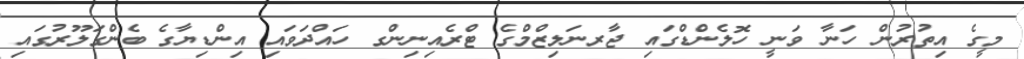
މީގެ އިތުރުން ހަނާ ވަނީ ހޮލެންޑްގައި ޖާރނަލިޒްމްގެ ޓްރެއިނިންގ ހައްދަވައި އިންޑިޔާގެ ބެންގަލޫރުގައި